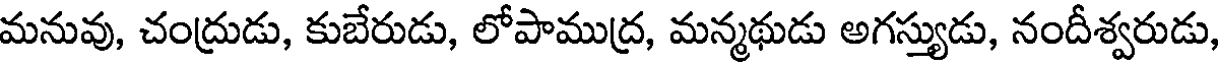
మనువు, చంద్రుడు, కుబేరుడు, లోపాముద్ర, మన్మథుడు అగస్త్యుడు, నందీశ్వరుడు,